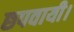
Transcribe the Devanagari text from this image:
छपवायी।